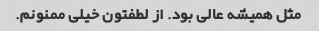
مثل همیشه عالی بود. از لطفتون خیلی ممنونم.